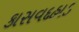
કાસવદહાડ